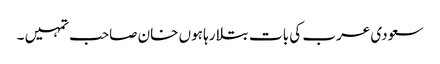
سعودی عرب کی بات بتلا رہا ہوں خان صاحب تمہیں ۔